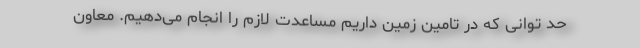
حد توانی که در تامین زمین داریم مساعدت لازم را انجام می‌دهیم. معاون